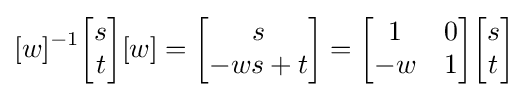
[w]^{-1}{\begin{bmatrix}s\\t\end{bmatrix}}[w]={\begin{bmatrix}s\\-ws+t\end{bmatrix}}={\begin{bmatrix}1&0\\-w&1\end{bmatrix}}{\begin{bmatrix}s\\t\end{bmatrix}}